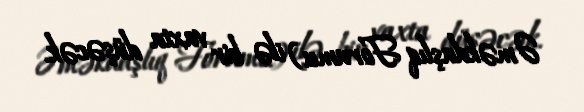
Əməkdaşlıq Forumu) ilə bir vaxta düşəcək.